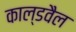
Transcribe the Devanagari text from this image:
काल्डवैल